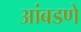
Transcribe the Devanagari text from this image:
आंबडणे